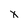
Character: x